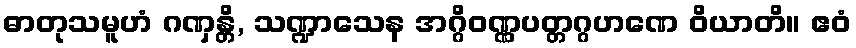
ဓာတုသမူဟံ ဂဏှန္တိ, သဏ္ဍာသေန အဂ္ဂိဝဏ္ဏပတ္တဂ္ဂဟဏေ ဝိယာတိ။ ဧဝံ